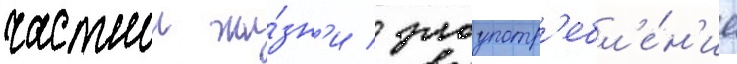
частнои жи́зн'и / злоупотр'ебл'е́н'ие